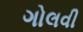
ગોલવી